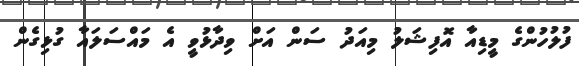
ފުލުހުންގެ މީޑިއާ އޮފިޝަލު މިއަދު ސަން އަށް ވިދާޅުވީ އެ މައްސަލައާ ގުޅިގެން